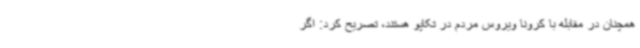
همچنان در مقابله با کرونا ویروس مردم در تکاپو هستند، تصریح کرد: اگر